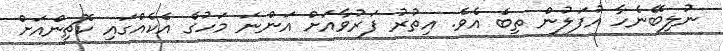
ނުލިބޭނެހާ އުފަލުން ތިބެ އެވެ. އިތުރު ފަރުވާއަށް އަންނަ މަހުގެ އެކެއްގައި ކޮޗިންއަށް